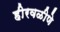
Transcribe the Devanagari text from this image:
हीरवळीणे